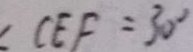
\angle C E F = 3 0 ^ { \circ }